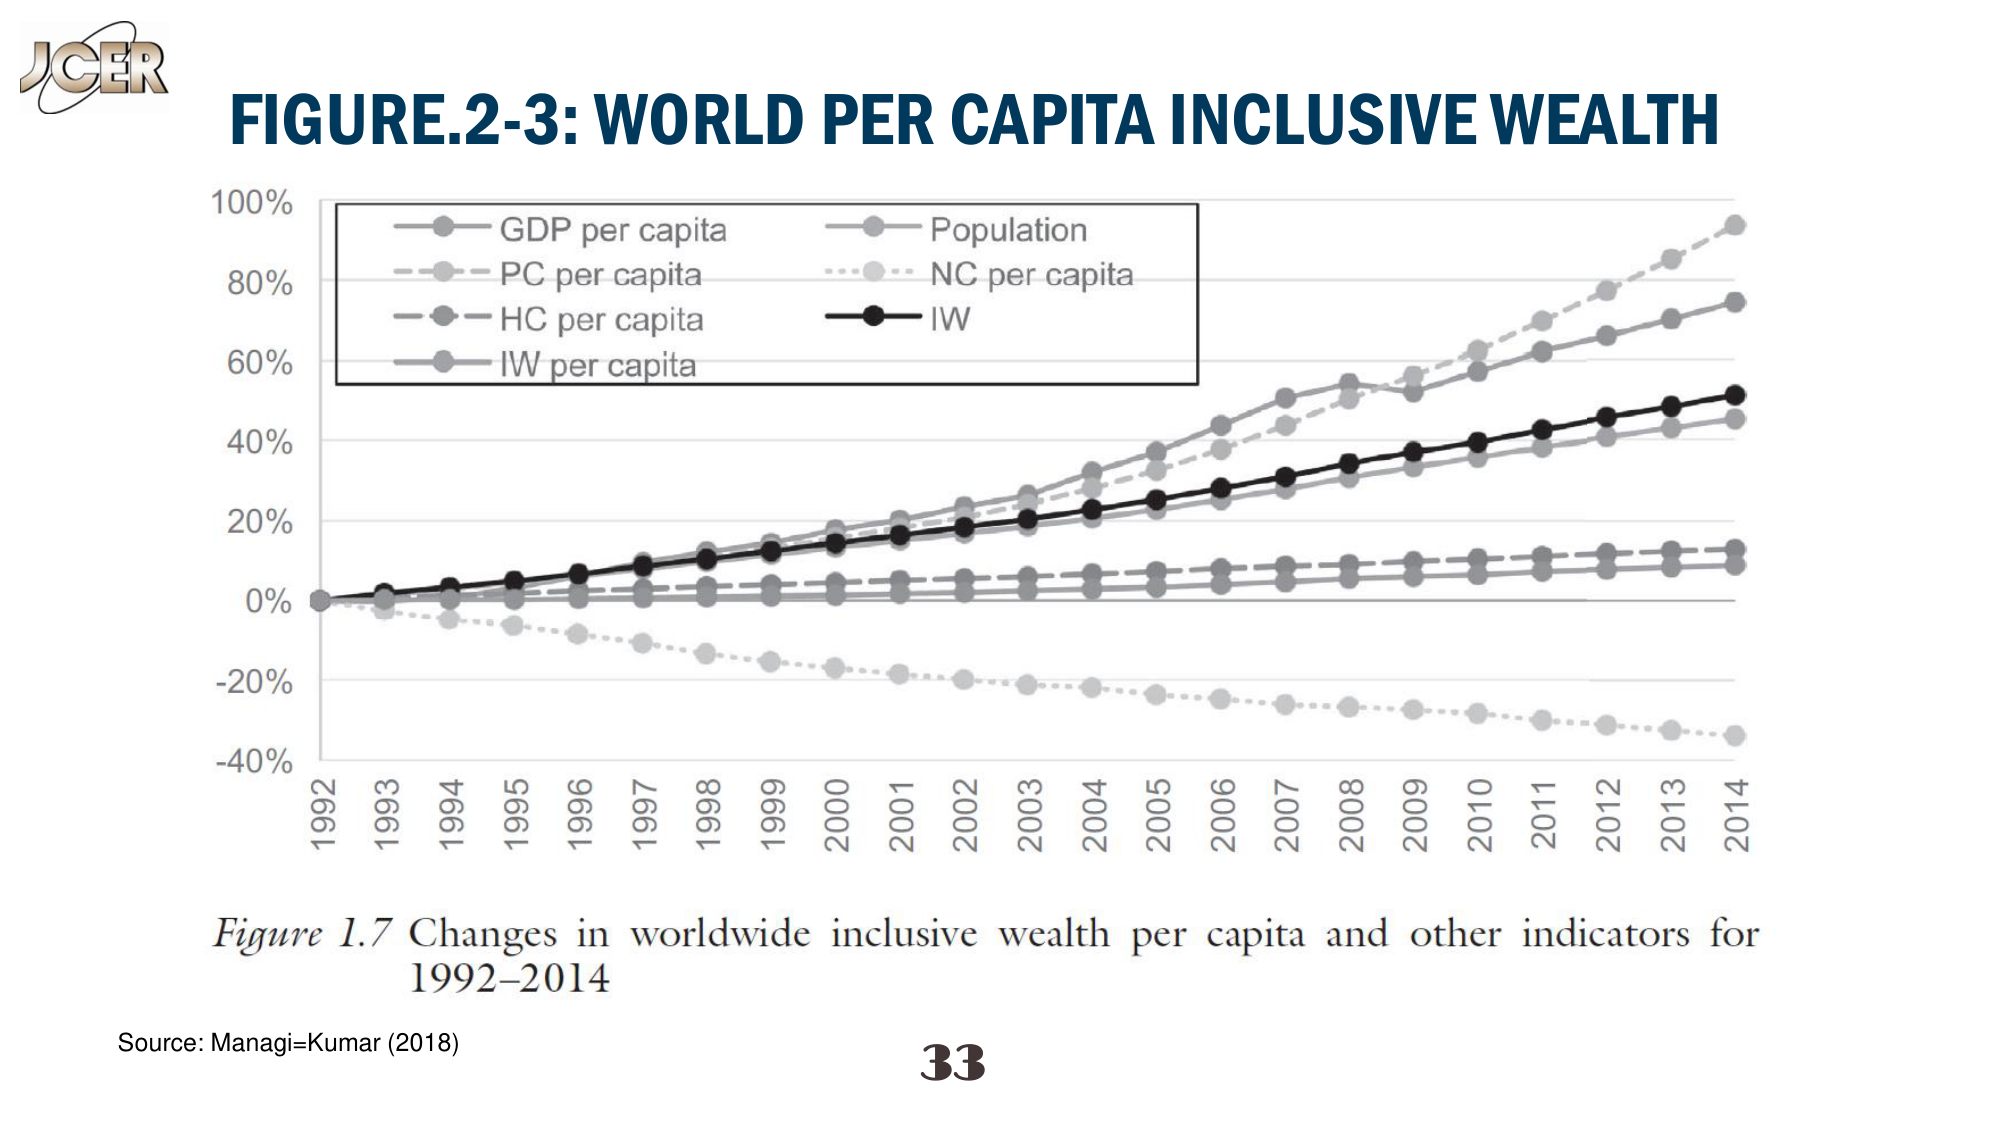
J Cer
FIGURE.2-3: WORLD PER CAPITA INCLUSIVE WEALTH
100%
GDP per capita
Population
PC per capita
NC per capita
HC per capita
IW
IW per capita
80%
60%
40%
20%
0%
-20%
-40%
1992 1993 1994 1995 1996 1997 1998 1999 2000 2001 2002 2003 2004 2005 2006 2007 2008 2009 2010 2011 2012 2013 2014
Figure 1.7 Changes in worldwide inclusive wealth per capita and other indicators for 1992–2014
Source: Managi=Kumar (2018)
33